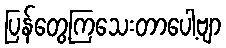
ပြန်တွေ့ကြသေးတာပေါ့ဗျာ